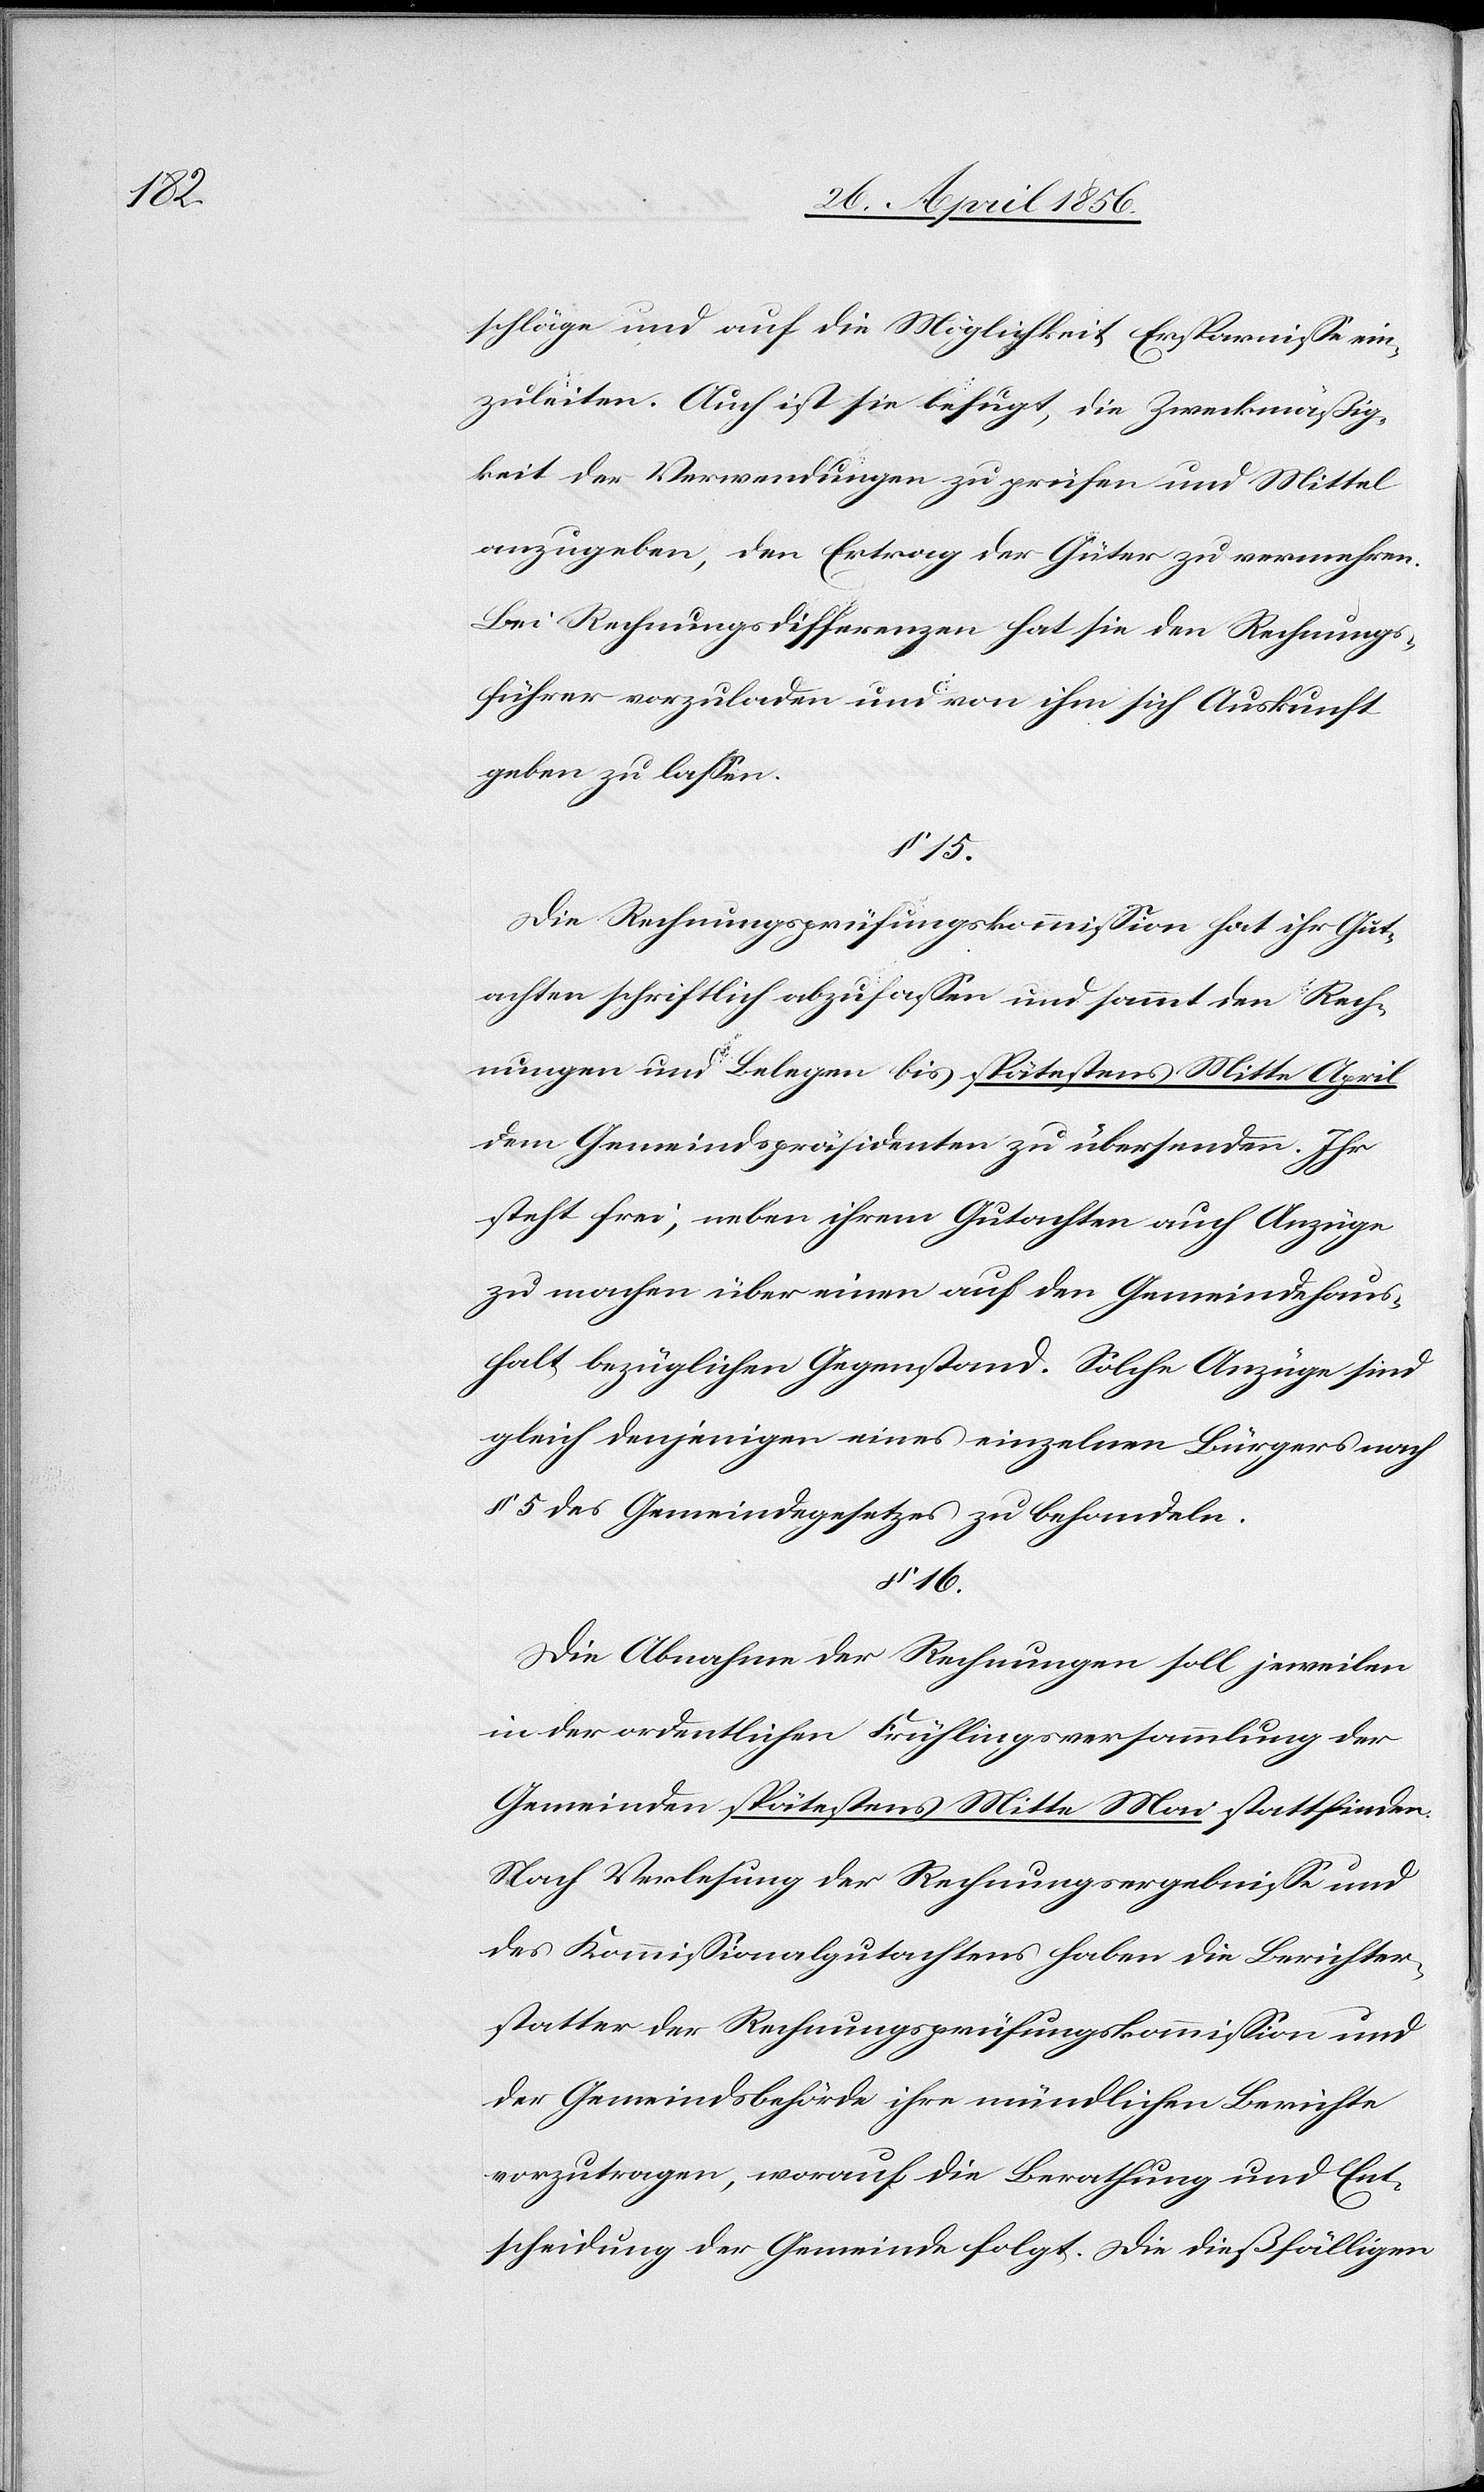
schläge und auf die Möglichkeit Ersparnisse ein¬
zuleiten. Auch ist sie befugt, die Zweckmäßig¬
keit der Verwendungen zu prüfen und Mittel
anzugeben, den Ertrag der Güter zu vermehren.
Bei Rechnungsdifferenzen hat sie den Rechnungs¬
führer vorzuladen und von ihm sich Auskunft
geben zu lassen.
§ 15.
Die Rechnungsprüfungskommission hat ihr Gut¬
achten schriftlich abzufassen und sammt den Rech¬
nungen und Belegen bis spätestens Mitte April
dem Gemeindspräsidenten zu übersenden. Ihr
steht frei, neben ihrem Gutachten auch Anzüge
zu machen über einen auf den Gemeindehaus¬
halt bezüglichen Gegenstand. Solche Anzüge sind
gleich denjenigen eines einzelnen Bürgers nach
§ 5 des Gemeindegesetzes zu behandeln.
§ 16.
Die Abnahme der Rechnungen soll jeweilen
in der ordentlichen Frühlingsversammlung der
Gemeinden spätestens Mitte Mai stattfinden.
Nach Verlesung der Rechnungsergebnisse und
des Kommissionalgutachtens haben die Berichter¬
statter der Rechnungsprüfungskommission und
der Gemeindsbehörde ihre mündlichen Berichte
vorzutragen, worauf die Berathung und Ent¬
scheidung der Gemeinde folgt. Die dießfälligen